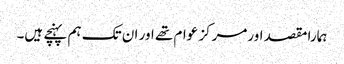
ہمارا مقصد اورمرکز عوام تھے اور ان تک ہم پہنچے ہیں۔